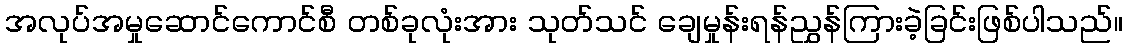
အလုပ်အမှုဆောင်ကောင်စီ တစ်ခုလုံးအား သုတ်သင် ချေမှုန်းရန်ညွှန်ကြားခဲ့ခြင်းဖြစ်ပါသည်။